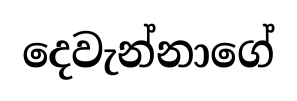
දෙවැන්නාගේ